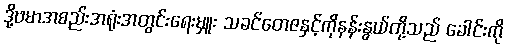
ဒို့ဗမာအစည်းအရုံးအတွင်းရေးမှူး သခင်တေဇနှင့်ကိုနန်းနွယ်တို့သည် ခေါင်းကို